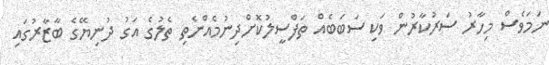
ނަމަވެސް މިހާރު ސަރުކާރުން ވަކި ސަބަބެއް ތަފްސީލުކޮށްދިނުމެެއްނެތި ތެލުގެ އަގު ދުނިޔޭގެ ބާޒާރުގައި